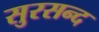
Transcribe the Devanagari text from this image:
सुरसन्द